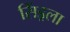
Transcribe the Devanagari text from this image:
सिंड्रला